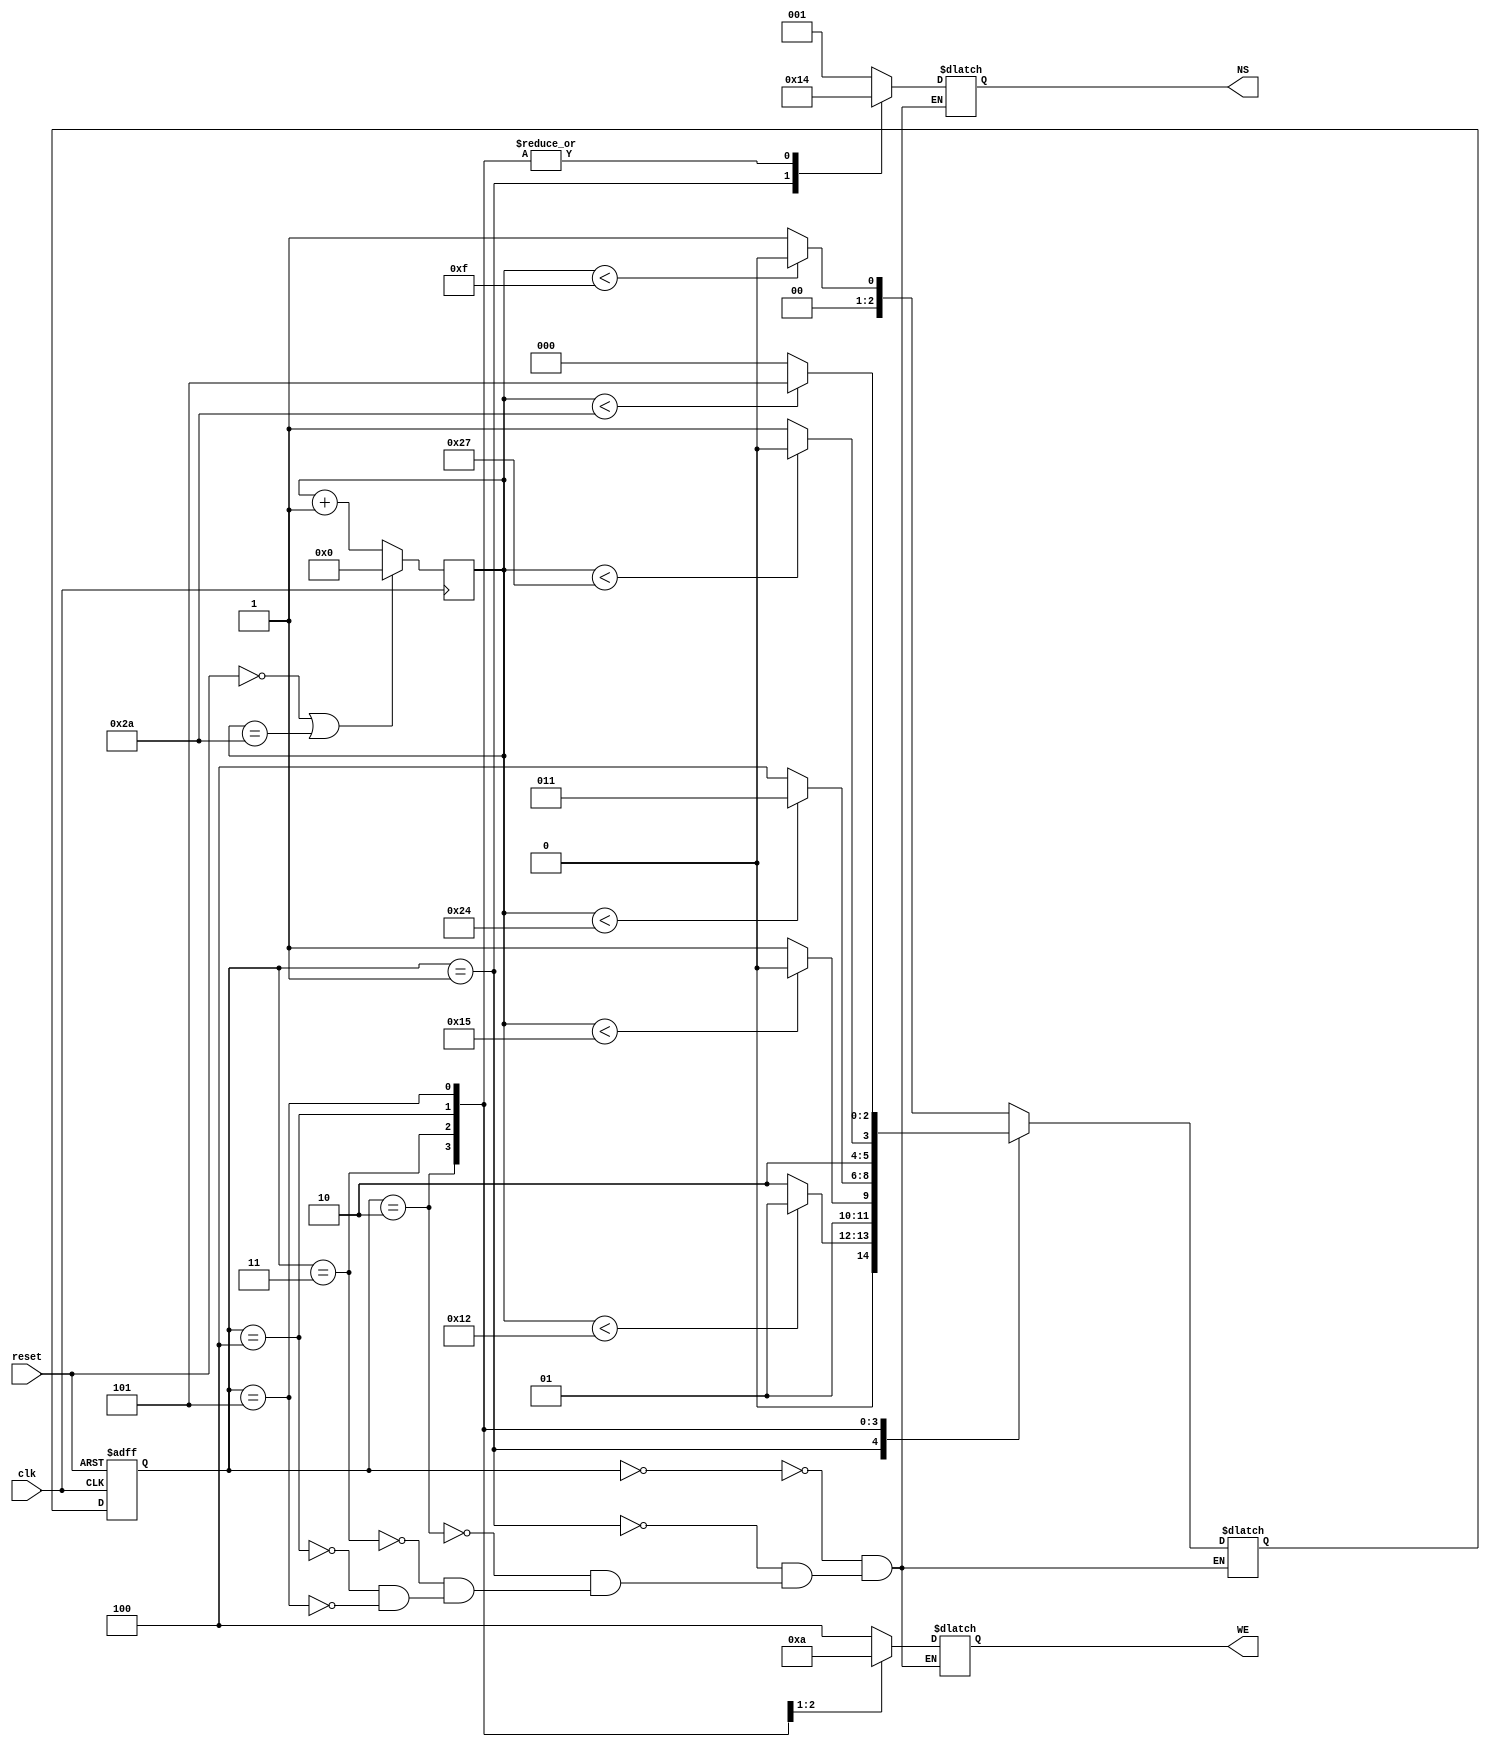
// Traffic Light Controller - Finite State Machine
// Created by Nitheesh Kumar - Aug 16 2020

module traffic_light_controller ( 
	input clk,
	input reset,
	output reg [2:0] NS, WE);

// States (According to given state diagram)

parameter s0 = 3'b000, s1 = 3'b001, s2 = 3'b010, s3 = 3'b011, s4 = 3'b100, s5 = 3'b101;


reg [2:0] crt_state, nxt_state; // Current State and Next State
reg [5:0] count;

// Counter to count number of clock cycles each state is active in

always @(posedge clk) begin

if (~reset || count == 6'd42) begin
count <= 6'd0;
end
else begin
count <= count + 6'd1;
end

end

// Current State Logic

always @(posedge clk or negedge reset) begin

if (~reset) begin
crt_state <= s0;
end
else begin
crt_state <= nxt_state;
end

end

// Next State Logic

// As given in the document, the 3Hz clock is used and 1 second is equal to 3 clock cycles, 
// therefore 5 seconds is equal to 15 clock cycles.
 
always @(count or crt_state) begin

case(crt_state)

s0: begin
if (count<6'd15) begin // Below 15 clock cycles, s0 state is maintained
nxt_state <= s0;
end
else begin
nxt_state <= s1;  // After 15 clock cycles, the state changes to s1
end
end

s1: begin
if (count<6'd18) begin // s1 is maintained for 1 second i.e.., 3 clock cycles i.e.., 15 + 3 = 18 clock cycles
nxt_state <= s1;
end
else begin
nxt_state <= s2; // After 18th clock cycle, the state changed to s2. 
end
end

// And it will go on as per the given state diagram in the document.

s2: begin
if (count<6'd21) begin 
nxt_state <= s2;
end
else begin
nxt_state <= s3;
end
end

s3: begin
if (count<6'd36) begin 
nxt_state <= s3;
end 
else begin 
nxt_state <= s4;
end
end

s4: begin
if (count<6'd39) begin 
nxt_state <= s4;
end
else begin
nxt_state <= s5;
end
end

s5: begin
if (count<6'd42) begin
nxt_state <= s5;
end
else begin 
nxt_state <= s0;
end
end

endcase

end

// Output Logic ( 3 bit output : red (MSB) - yellow - green (LSB) )
// The outputs are given in the state table mentioned in the document.

always @(crt_state) begin

case(crt_state)

s0: begin
NS <= 3'b001; //green
WE <= 3'b100; //red
end

s1: begin
NS <= 3'b010; //yellow
WE <= 3'b100; //red
end

s2: begin
NS <= 3'b100; //red
WE <= 3'b100; //red
end

s3: begin
NS <= 3'b100; //red
WE <= 3'b001; //green
end

s4: begin
NS <= 3'b100; //red
WE <= 3'b010; //yellow
end

s5: begin
NS <= 3'b100; //red
WE <= 3'b100; //red
end  

endcase

end

endmodule